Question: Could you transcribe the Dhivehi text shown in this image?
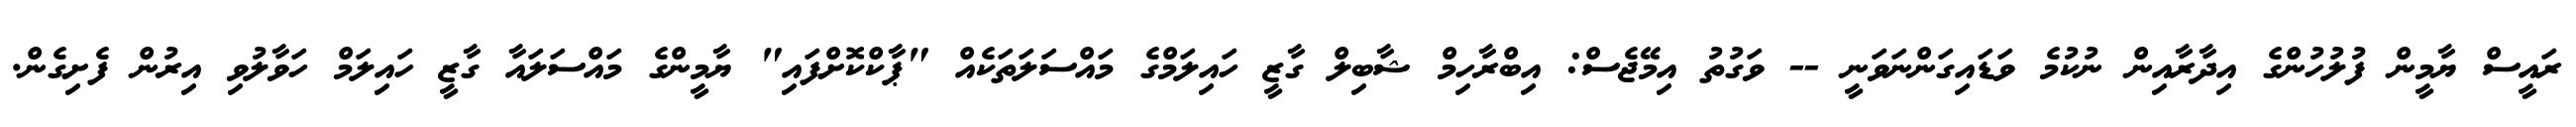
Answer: ރައީސް ޔާމީން ފުލުހުންގެ އިދާރާއިން ނުކުމެ ވަޑައިގަންނަވަނީ -- ވަގުތު އިމޭޖެސް: އިބްރާހިމް ޝާބިލް ގާޒީ ހައިލަމްގެ މައްސަލަތަކެއް "ޕާކްކޮށްފައި" ޔާމީންގެ މައްސަލައާ ގާޒީ ހައިލަމް ހަވާލުވި އިރުން ފެށިގެން.